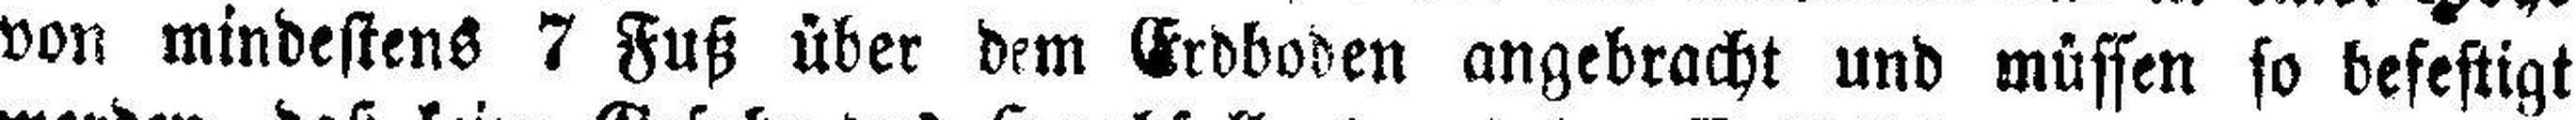
von mindestens 7 Fuß über dem Erdboden angebracht und müssen so befestigt